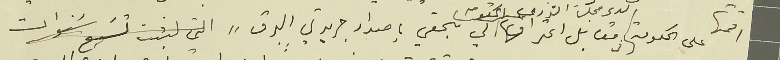
اقمتها على الحكومة لدى مجلسَ الشورى مقابل اعتراف الحكومة لي بحقي باصدار جريدتي البرق التي لبثت تسَع سنوات